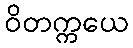
ဝိတက္ကယေ